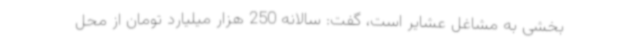
بخشی به مشاغل عشایر است، گفت: سالانه 250 هزار میلیارد تومان از محل